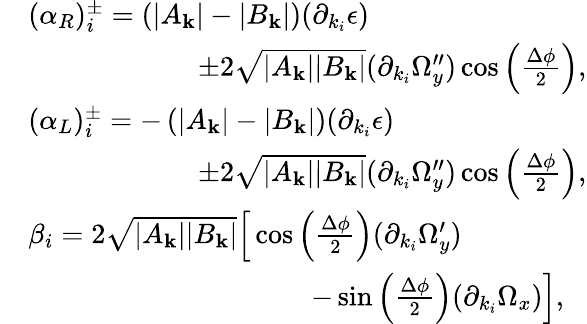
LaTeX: \begin{array}{rl}&{(\alpha_{R})_{i}^{\pm}=\left(|A_{\mathbf{k}}|-|B_{\mathbf{k}}|\right)(\partial_{k_{i}}\epsilon)}\\ &{\qquad\qquad\qquad\pm 2\sqrt{|A_{\mathbf{k}}||B_{\mathbf{k}}|}(\partial_{k_{i}}\Omega_{y}^{\prime\prime})\cos\left(\frac{\Delta\phi}{2}\right),}\\ &{(\alpha_{L})_{i}^{\pm}=-\left(|A_{\mathbf{k}}|-|B_{\mathbf{k}}|\right)(\partial_{k_{i}}\epsilon)}\\ &{\qquad\qquad\qquad\pm 2\sqrt{|A_{\mathbf{k}}||B_{\mathbf{k}}|}(\partial_{k_{i}}\Omega_{y}^{\prime\prime})\cos\left(\frac{\Delta\phi}{2}\right),}\\ &{\beta_{i}=2\sqrt{|A_{\mathbf{k}}||B_{\mathbf{k}}|}\Big[\cos\left(\frac{\Delta\phi}{2}\right)(\partial_{k_{i}}\Omega_{y}^{\prime})}\\ &{\qquad\qquad\qquad\qquad\qquad-\sin\left(\frac{\Delta\phi}{2}\right)(\partial_{k_{i}}\Omega_{x})\Big],}\end{array}